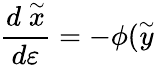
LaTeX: \frac{d\stackrel{\sim}{x}}{d\varepsilon}=-\phi(\stackrel{\sim}{y}